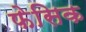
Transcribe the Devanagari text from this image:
फेसिक